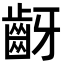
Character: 齖